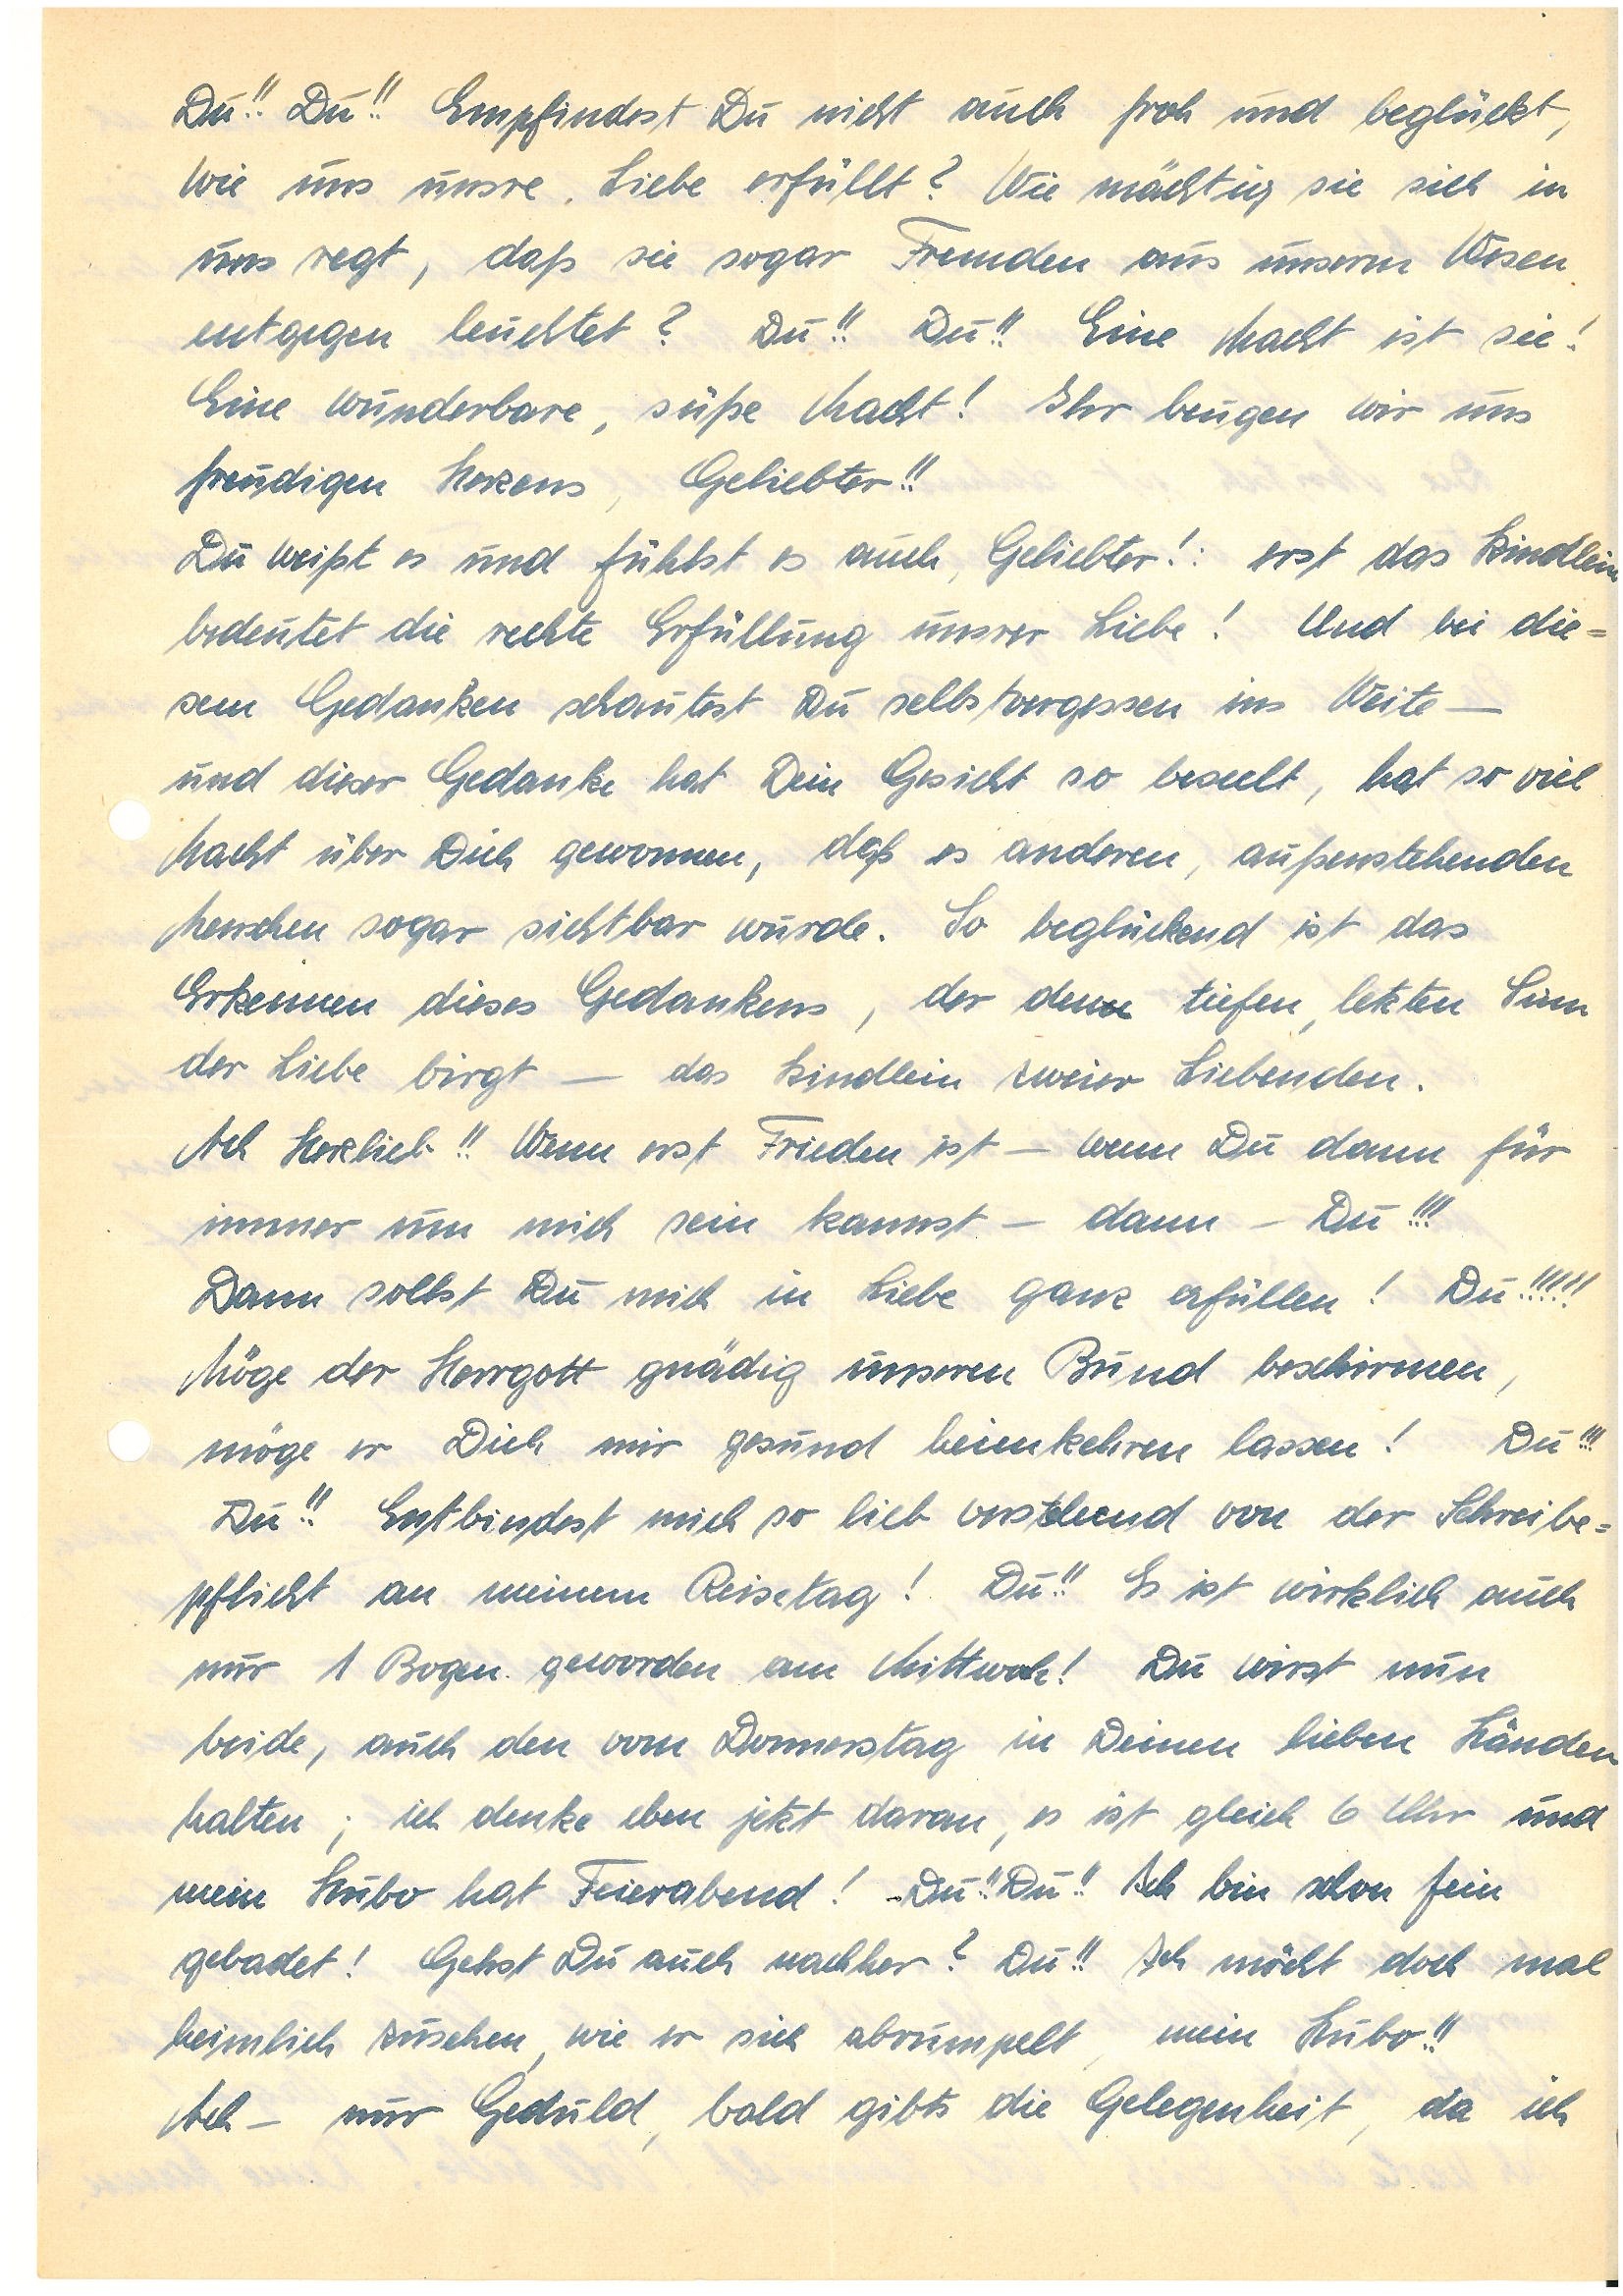
Du!! Du!! Empfindest Du nicht auch froh und beglückt,
wie uns unsre Liebe erfüllt? Wie mächtig sie sich in
uns regt, daß sie sogar Fremden aus unserem Wesen
entgegen leuchtet? Du!! Du!! Eine Macht ist sie!
Eine wunderbare, süße Macht! Ihr beugen wir uns
freudigen Herzens, Geliebter!!
Du weißt es und fühlst es auch, Geliebter!: erst das Kindlein
bedeutet die rechte Erfüllung unsrer Liebe! Und bei die¬
sem Gedanken schautest Du selbstvergessen ins Weite –
und dieser Gedanke hat Dein Gesicht so beseelt, hat so viel
Macht über Dich gewonnen, daß es anderen, außenstehenden
Menschen sogar sichtbar wurde. So beglückend ist das
Erkennen dieses Gedankens, der den tiefen, letzten Sinn
der Liebe birgt – das Kindlein zweier Liebenden.
Ach Herzlieb!! Wenn erst Frieden ist – wenn du dann für
immer um mich sein kannst – dann – Du!!!
Dann sollst Du mich in Liebe ganz erfüllen! Du!!!!!
Möge der Herrgott gnädig unseren Bund beschirmen,
möge er Dich mir gesund heimkehren lassen! Du!!!
Du!! Entbindest mich so lieb verstehend von der Schreibe¬
pflicht an meinem Reisetag! Du!! Es ist wirklich auch
nur 1 Bogen geworden am Mittwoch! Du wirst nun
beide, auch den vom Donnerstag in Deinen lieben Händen
halten; ich denke eben jetzt daran, es ist gleich 6 Uhr und
mein Hubo hat Feierabend! Du!! Du!! Ich bin schon fein¬
gebadet! Gehst Du auch nachher? Du!! Ich möcht doch mal
heimlich zusehen, wie er sich abrumpelt, mein Hubo!!
Ach – nur Geduld, bald gibts die Gelegenheit, da ich